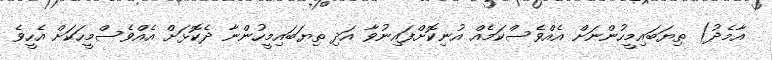
އާމެދު) ތިޔަބައިމީހުންނަށް އެއްވެސްކަމެއް އުނިކޮށްފައިނުވާ އަދި ތިޔަބައިމީހުންނާ ދެކޮޅަށް އެއްވެސްމީހަކަށް އެހީވެ